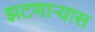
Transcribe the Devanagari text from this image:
झटणाऱ्यास